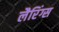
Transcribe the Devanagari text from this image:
लैरिंग्स